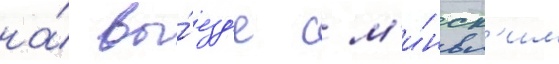
на́ вы́езд'е с м'и́нск'им